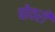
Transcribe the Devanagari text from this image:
बोवरी